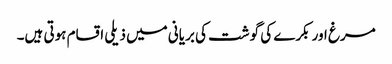
مرغ اور بکرے کی گوشت کی بریانی میں ذیلی اقسام ہوتی ہیں۔